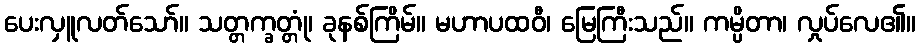
ပေးလှူလတ်သော်။ သတ္တက္ခတ္တုံ၊ ခုနစ်ကြိမ်။ မဟာပထဝီ၊ မြေကြီးသည်။ ကမ္ပိတာ၊ လှုပ်လေ၏။